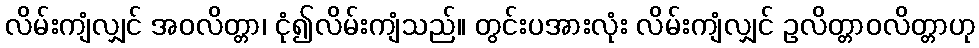
လိမ်းကျံလျှင် အဝလိတ္တာ၊ ငုံ၍လိမ်းကျံသည်။ တွင်းပအားလုံး လိမ်းကျံလျှင် ဥလိတ္တာဝလိတ္တာဟု